Indian journal of veterinary science and animal husbandry - Volumes 24-25, 1954-1955
Year: 1954
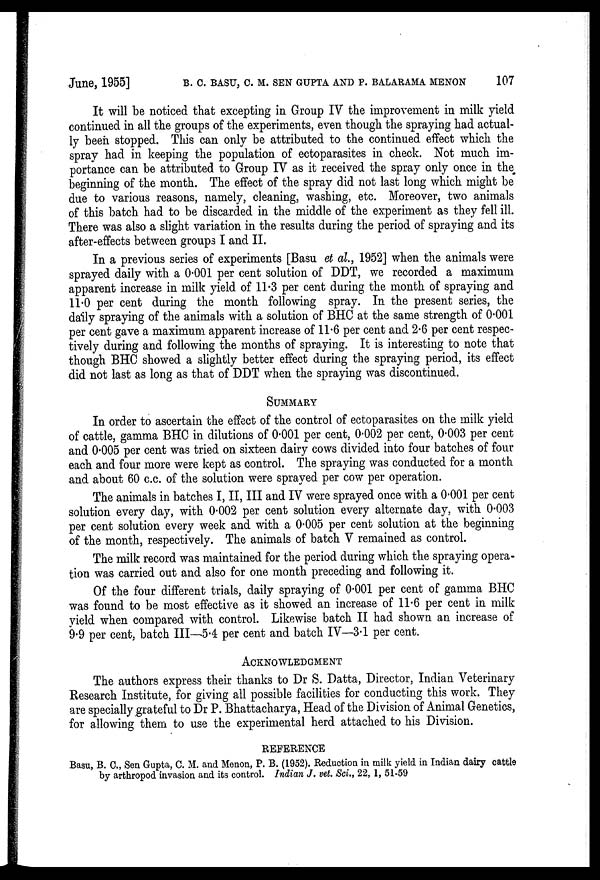
June, 1955] B. C. BASU, C. M. SEN GUPTA AND P. BALARAMA MENON 107
It will be noticed that excepting in Group IV the improvement in milk yield
continued in all the groups of the experiments, even though the spraying had actual-
ly been stopped. This can only be attributed to the continued effect which the
spray had in keeping the population of ectoparasites in check. Not much im-
portance can be attributed to Group IV as it received the spray only once in the
beginning of the month. The effect of the spray did not last long which might be
due to various reasons, namely, cleaning, washing, etc. Moreover, two animals
of this batch had to be discarded in the middle of the experiment as they fell ill.
There was also a slight variation in the results during the period of spraying and its
after-effects between groups I and II.
In a previous series of experiments [Basu et al., 1952] when the animals were
sprayed daily with a 0.001 per cent solution of DDT, we recorded a maximum
apparent increase in milk yield of 11.3 per cent during the month of spraying and
11.0 per cent during the month following spray. In the present series, the
daily spraying of the animals with a solution of BHC at the same strength of 0.001
per cent gave a maximum apparent increase of 11.6 per cent and 2.6 per cent respec-
tively during and following the months of spraying. It is interesting to note that
though BHC showed a slightly better effect during the spraying period, its effect
did not last as long as that of DDT when the spraying was discontinued.
SUMMARY
In order to ascertain the effect of the control of ectoparasites on the milk yield
of cattle, gamma BHC in dilutions of 0.001 per cent, 0.002 per cent, 0.003 per cent
and 0.005 per cent was tried on sixteen dairy cows divided into four batches of four
each and four more were kept as control. The spraying was conducted for a month
and about 60 c.c. of the solution were sprayed per cow per operation.
The animals in batches I, II, III and IV were sprayed once with a 0.001 per cent
solution every day, with 0.002 per cent solution every alternate day, with 0.003
per cent solution every week and with a 0.005 per cent solution at the beginning
of the month, respectively. The animals of batch V remained as control.
The milk record was maintained for the period during which the spraying opera-
tion was carried out and also for one month preceding and following it.
Of the four different trials, daily spraying of 0.001 per cent of gamma BHC
was found to be most effective as it showed an increase of 11.6 per cent in milk
yield when compared with control. Likewise batch II had shown an increase of
9.9 per cent, batch III—5.4 per cent and batch IV—3.1 per cent.
ACKNOWLEDGMENT
The authors express their thanks to Dr S. Datta, Director, Indian Veterinary
Research Institute, for giving all possible facilities for conducting this work. They
are specially grateful to Dr P. Bhattacharya, Head of the Division of Animal Genetics,
for allowing them to use the experimental herd attached to his Division.
REFERENCE
Basu, B. C. , Sen Gupta, C. M. and Menon, P. B. (1952). Reduction in milk yield in Indian dairy cattle
by arthropod invasion and its control. Indian J. vet. Sci., 22, 1, 51-59